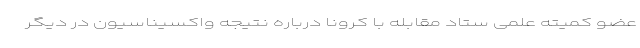
عضو کمیته علمی ستاد مقابله با کرونا درباره نتیجه واکسیناسیون در دیگر